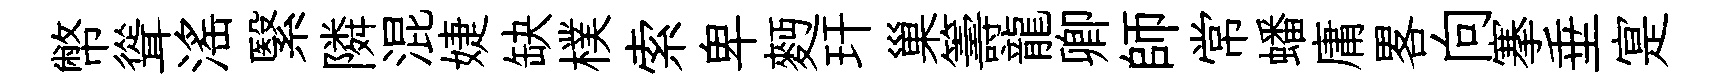
幣聳滛繄隣混婕缺樸索卑麪玕巢籌龍卿師常蟠庸畧向搴垂寔